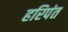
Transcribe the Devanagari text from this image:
हरिपंत